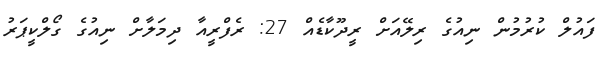
ފައުލް ކުރުމުން ނިއުގެ ރިލޭއަށް ރީދޫކާޑެއް 27: ރެފްރީއާ ދިމަލާށް ނިއުގެ ގޯލްކީޕަރު